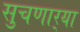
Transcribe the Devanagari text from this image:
सुचणार्‍या